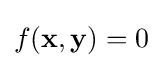
f(\mathbf {x} ,\mathbf {y} )=0